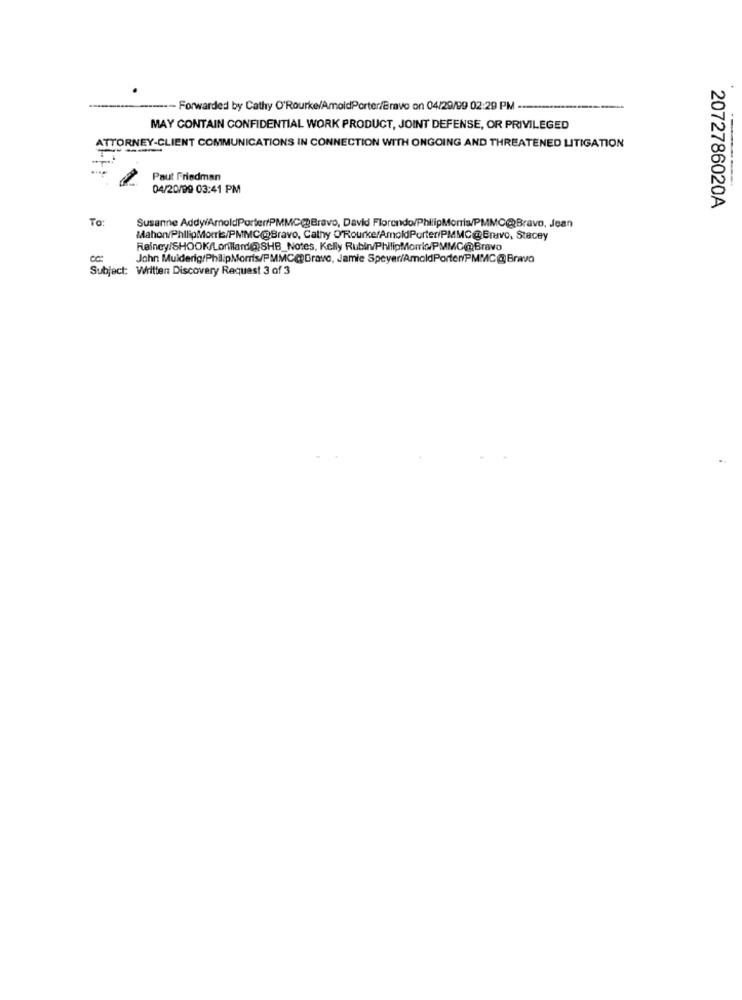
--- Forwarded by Cathy O'Rourke/AmoldPorter/Bravo on 04/29/99 02:29 PM ---
MAY CONTAIN CONFIDENTIAL WORK PRODUCT, JOINT DEFENSE, OR PRIVILEGED
ATTORNEY-CLIENT COMMUNICATIONS IN CONNECTION WITH ONGOING AND THREATENED LITIGATION
Paut Friedman
04/20/99 03:41 PM
2072786020A
To:
Susanne Addy/ArnoldPorter/PMMC@Bravo, David Florendo/PhilipMorris/PMMC@Bravo, Jean
Mahon/PhilipMorris/PMMC@Bravo, Cathy O'Rourke/AmoldPorteriPMMC@Bravo, Stacey
Rainey/SHOOK/Lonillard@;SHB_Notes, Kelly Rubin/PhilipMorris/PMMC@Bravo
John Muiderig:PhilipMorris/PMMC@Grave, Jamie Speyer/AmoldPorter/PMMC@ Bravo
Subject: Written Discovery Request 3 of 3